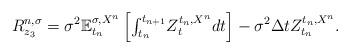
LaTeX: \begin{align*}R_{z_{3}}^{n,\sigma}=\sigma^{2}\mathbb{E}_{t_{n}}^{\sigma,X^{n}}\left[{\textstyle \int_{t_{n}}^{t_{n+1}}}Z_{t}^{t_{n},X^{n}}dt\right] -\sigma^{2}\Delta tZ_{t_{n}}^{t_{n},X^{n}}.\end{align*}